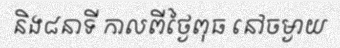
និង៨នាទី កាលពីថ្ងៃពុធ នៅចម្ងាយ